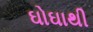
ઘોઘાથી